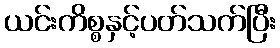
ယင်းကိစ္စနှင့်ပတ်သက်ပြီး